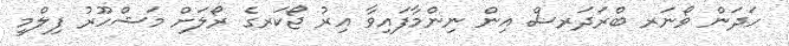
ހަދަން ވޯނަރ ބްރަދަރސް އިން ނިންމާފައިވާ އިރު ޖޯކަރގެ ރޯލަށް މަޝްހޫރު ފިލްމީ